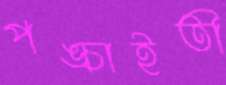
পঙ্চাইতী